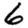
Digit: 6